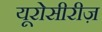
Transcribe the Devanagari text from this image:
यूरोसीरीज़